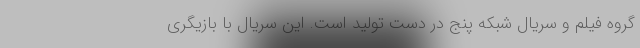
گروه فیلم و سریال شبکه پنج در دست تولید است. این سریال با بازیگری